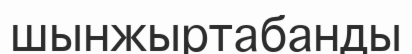
шынжыртабанды